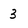
Character: 3